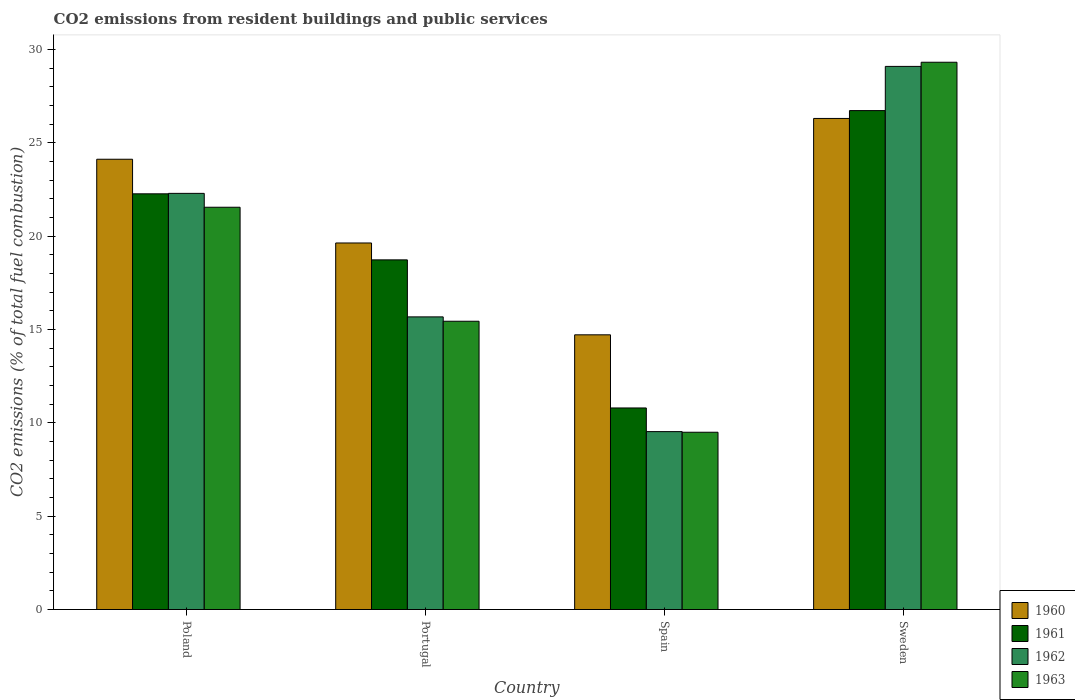
| Country | 1960 | 1961 | 1962 | 1963 |
 | --- | --- | --- | --- | --- |
 | Poland | 24.1 | 22.3 | 22.3 | 21.6 |
 | Portugal | 19.6 | 18.7 | 15.7 | 15.4 |
 | Spain | 14.7 | 10.8 | 9.53 | 9.5 |
 | Sweden | 26.3 | 26.7 | 29.1 | 29.3 |